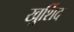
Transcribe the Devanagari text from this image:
खुर्शिद